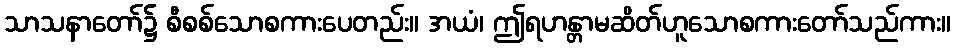
သာသနာတော်၌ စီစစ်သောစကားပေတည်း။ အယံ၊ ဤရဟန္တာမဆိတ်ဟူသောစကားတော်သည်ကား။